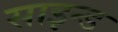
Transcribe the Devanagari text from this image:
साइन्ड